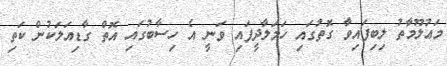
މަޢުލޫމާތު ލިބިފައިވާ ގޮތުގައި ހަމަލާދީފައި ވަނީ އެ ހިސާބުގައި އޮތް ގާޑިއަލަކުން ކަތި